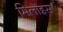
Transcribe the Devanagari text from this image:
मिलाइस